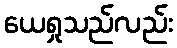
ယေရှုသည်လည်း